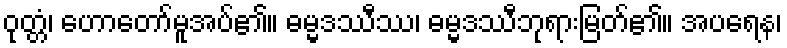
ဝုတ္တံ၊ ဟောတော်မူအပ်၏။ ဓမ္မဒဿီဿ၊ ဓမ္မဒဿီဘုရားမြတ်၏။ အပရေန၊